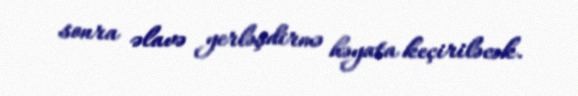
sonra əlavə yerləşdirmə həyata keçiriləcək.